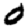
Digit: 0